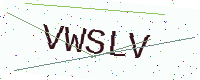
Text: VWSLV